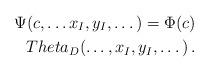
LaTeX: \begin{align*}\Psi(c, \dots x_{ I },y_{ I}, \dots) = \Phi(c) \\Theta_{D}( \dots, x_{I},y_{I},\dots)\,.\end{align*}